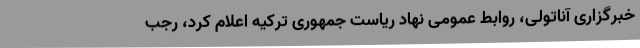
خبرگزاری آناتولی، روابط عمومی نهاد ریاست جمهوری ترکیه اعلام کرد، رجب